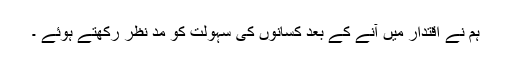
ہم نے اقتدار میں آنے کے بعد کسانوں کی سہولت کو مد نظر رکھتے ہوئے ۔